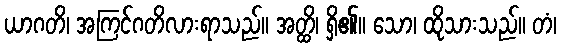
ယာဂတိ၊ အကြင်ဂတိလားရာသည်။ အတ္ထိ၊ ရှိ၏။ သော၊ ထိုသားသည်။ တံ၊